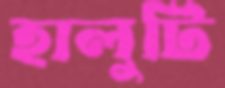
হালুটি